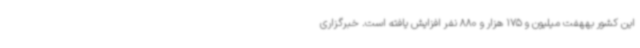
این کشور بههفت میلیون و 175 هزار و 880 نفر افزایش یافته است. خبرگزاری